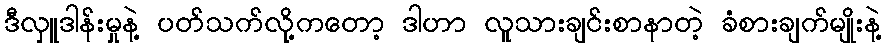
ဒီလှူဒါန်းမှုနဲ့ ပတ်သက်လို့ကတော့ ဒါဟာ လူသားချင်းစာနာတဲ့ ခံစားချက်မျိုးနဲ့